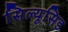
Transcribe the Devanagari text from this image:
सिल्यूसिड